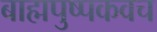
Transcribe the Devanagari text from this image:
बाह्मपुष्पकवच